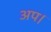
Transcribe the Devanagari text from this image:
अप।